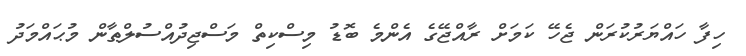
ހިފާ ހައްޔަރުކުރަން ޖެހޭ ކަމަށް ރާއްޖޭގެ އެންމެ ބޮޑު މިސްކިތް މަސްޖިދުއްސުލްޠާން މުޙައްމަދު